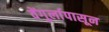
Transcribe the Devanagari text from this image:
वेंगुर्लापासून